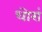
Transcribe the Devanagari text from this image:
धोरां